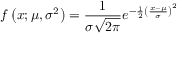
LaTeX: f \left( x ; \mu , \sigma ^ { 2 } \right) = { \frac { 1 } { \sigma { \sqrt { 2 \pi } } } } e ^ { - { \frac { 1 } { 2 } } \left( { \frac { x - \mu } { \sigma } } \right) ^ { 2 } }